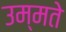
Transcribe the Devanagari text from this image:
उम्मते